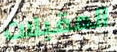
المقبلات